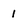
Character: 1